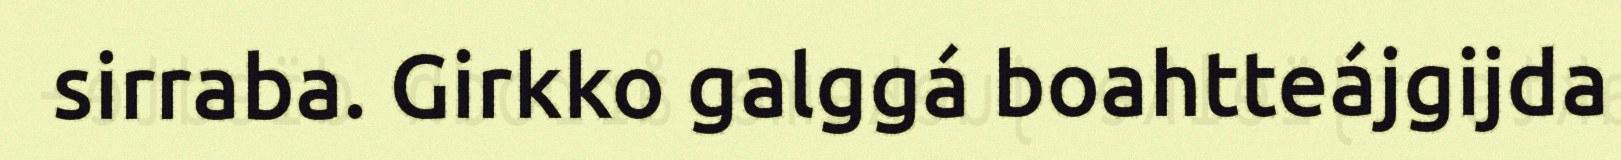
sirraba. Girkko galggá boahtteájgijda